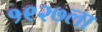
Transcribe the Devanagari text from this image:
१९२७ला